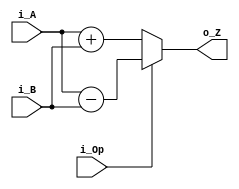
module s_addsub_wo_carry #(
    parameter N = 4
)(
    input signed [N-1:0] i_A,
    input signed [N-1:0] i_B,
    input i_Op,
    output [N-1:0] o_Z
);

assign o_Z = (i_Op == 0) ? (i_A + i_B) : (i_A - i_B);

endmodule